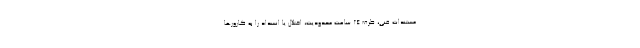
مستندات فنی، ظرف ۲۴ ساعت محدودیت، اختلال یا انسداد را به کارورها